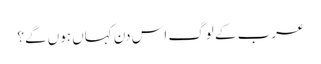
عرب کے لوگ اس دن کہاں ہوں گے؟